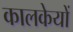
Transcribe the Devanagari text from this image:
कालकेयों